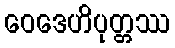
ဝေဒေဟိပုတ္တဿ